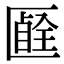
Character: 𠥞